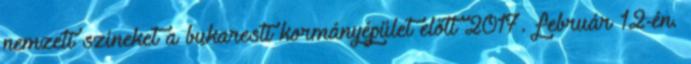
nemzeti színeket a bukaresti kormányépület előtt 2017. február 12-én.